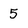
Character: 5